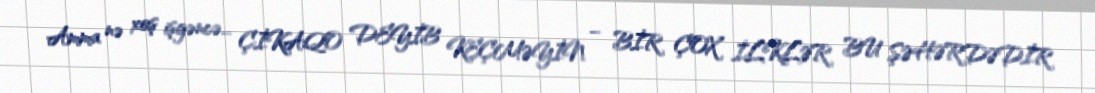
Amma nə xoş işgəncə... ÇİKAQO DEYİB KEÇMƏYİN – BİR ÇOX İLKLƏR BU ŞƏHƏRDƏDİR